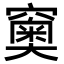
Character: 𥨩